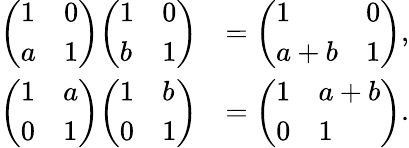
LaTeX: {\begin{array}{rl}{{\left(\begin{array}{ll}{1}&{0}\\ {a}&{1}\end{array}\right)}{\left(\begin{array}{ll}{1}&{0}\\ {b}&{1}\end{array}\right)}}&{={\left(\begin{array}{ll}{1}&{0}\\ {a+b}&{1}\end{array}\right)},}\\ {{\left(\begin{array}{ll}{1}&{a}\\ {0}&{1}\end{array}\right)}{\left(\begin{array}{ll}{1}&{b}\\ {0}&{1}\end{array}\right)}}&{={\left(\begin{array}{ll}{1}&{a+b}\\ {0}&{1}\end{array}\right)}.}\end{array}}